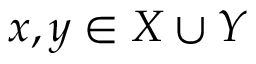
x , y \in X \cup Y